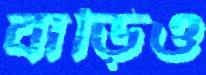
বাড়িও